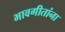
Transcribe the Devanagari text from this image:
भावगीतांना